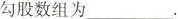
勾股数组为___.